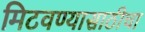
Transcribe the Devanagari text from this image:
मिटवण्यासाठीचा